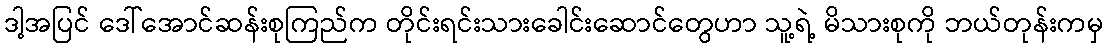
ဒါ့အပြင် ဒေါ်အောင်ဆန်းစုကြည်က တိုင်းရင်းသားခေါင်းဆောင်တွေဟာ သူ့ရဲ့ မိသားစုကို ဘယ်တုန်းကမှ